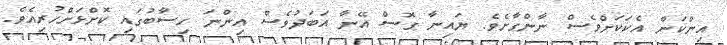
އިންކަން އެކަކަށްވެސް ނާންގާށެވެ. ޔައިނާ ގޮސް އޭނާ އަބަދުވެސް އިންނަ ހިސާބުގައި ކޮށްޅަށްހުރިއެވެ.